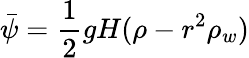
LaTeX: \bar{\psi}=\frac 12gH(\rho-r^{2}\rho_{w})